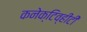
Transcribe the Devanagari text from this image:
कनेक्टिव्हीटी